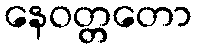
နေဝတ္တတော